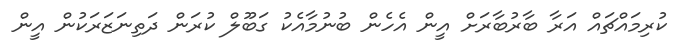
ކުރިމައްޗައް އަރާ ބާރުބާރަށް އީން އެހެން ބުނުމާއެކު ގަބޫލް ކުރަން ދަތިނަޒަރަކުން އީން